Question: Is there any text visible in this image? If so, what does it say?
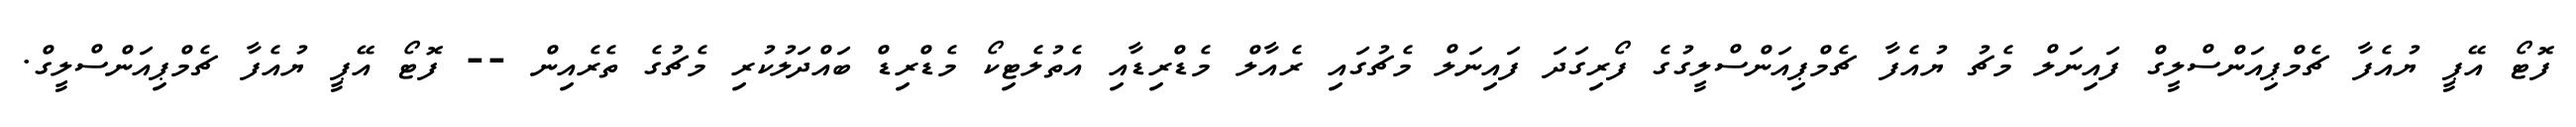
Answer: ފޮޓޯ އޭޕީ ޔުއެފާ ޗެމްޕިއަންސްލީގް ފައިނަލް މެޗު ޔުއެފާ ޗެމްޕިއަންސްލީގުގެ ފޯރިގަދަ ފައިނަލް މެޗުގައި ރެއާލް މެޑްރިޑާއި އެތުލެޓިކޯ މެޑްރިޑް ބައްދަލުކުރި މެޗުގެ ތެރެއިން -- ފޮޓޯ އޭޕީ ޔުއެފާ ޗެމްޕިއަންސްލީގް.